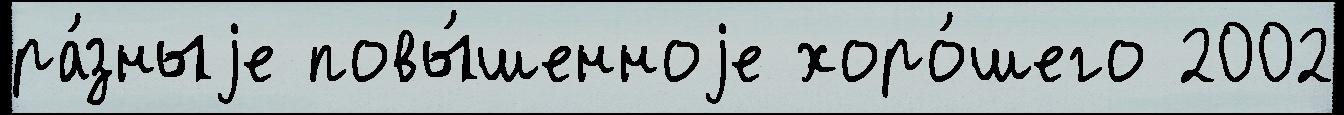
ра́зныjе повы́шенноjе хоро́шего 2002